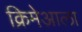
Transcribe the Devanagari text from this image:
क्रिमेआला